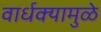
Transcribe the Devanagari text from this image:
वार्धक्यामुळे